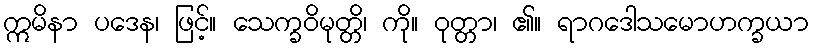
ဣမိနာ ပဒေန၊ ဖြင့်။ သေက္ခဝိမုတ္တိ၊ ကို။ ဝုတ္တာ၊ ၏။ ရာဂဒေါသမောဟက္ခယာ